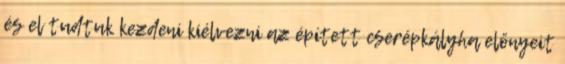
és el tudtuk kezdeni kiélvezni az épített cserépkályha előnyeit